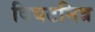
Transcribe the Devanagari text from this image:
विघटनित्र